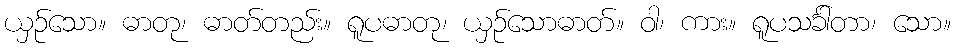
ယှဉ်သော။ ဓာတု၊ ဓာတ်တည်း။ ရူပဓာတု၊ ယှဉ်သောဓာတ်။ ဝါ၊ ကား။ ရူပသင်္ခါတာ၊ သော။